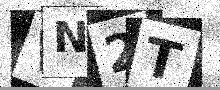
Text: VN2T